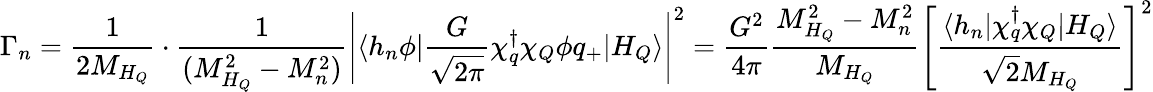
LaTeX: \Gamma_{n}=\frac{1}{2M_{H_{Q}}}\cdot\frac{1}{(M_{H_{Q}}^{2}-M_{n}^{2})}\left|\langle h_{n}\phi|{\frac{G}{\sqrt{2\pi}}\chi_{q}^{\dagger}\chi_{Q}\phi q_{+}}|H_{Q}\rangle\right|^{2}=\frac{G^{2}}{4\pi}\frac{M_{H_{Q}}^{2}-M_{n}^{2}}{M_{H_{Q}}}\left[\frac{\langle h_{n}|\chi_{q}^{\dagger}\chi_{Q}|H_{Q}\rangle}{\sqrt{2}M_{H_{Q}}}\right]^{2}